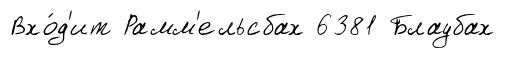
Вхо́д'ит Рамм'ельсбах 6381 Блаубах